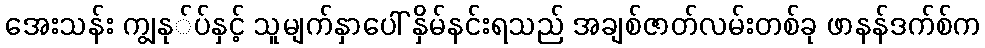
အေးသန်း ကျွနု်ပ်နှင့် သူမျက်နှာပေါ် နှိမ်နင်းရသည် အချစ်ဇာတ်လမ်းတစ်ခု ဖာနန်ဒက်စ်က